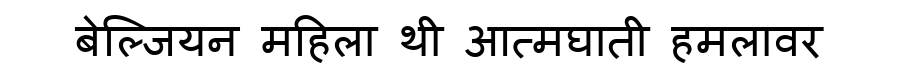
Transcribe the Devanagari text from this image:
बेल्जियन महिला थी आत्मघाती हमलावर